Language: tamil
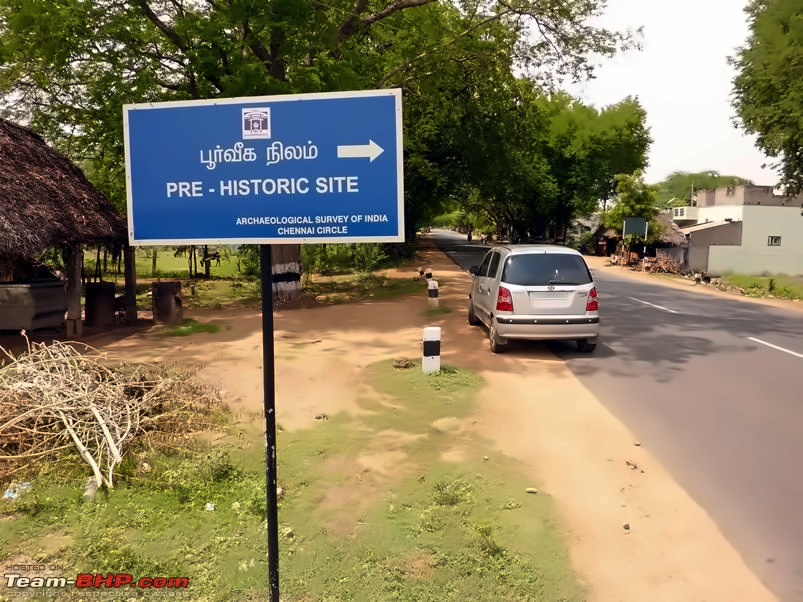
Transcription: பூா்வீக நிலம்